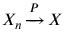
\displaystyle X _ { n } \, { \xrightarrow { P } } \, X